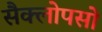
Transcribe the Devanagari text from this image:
सैक्लोपसो